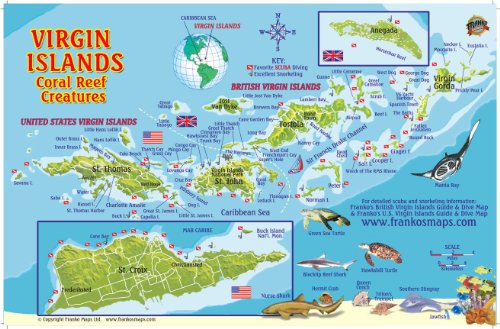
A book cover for Virgin Islands Map & Coral Reef Creatures Guide Franko Maps Laminated Fish Card; Franko Maps Ltd.; Travel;